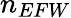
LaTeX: n_{EFW}